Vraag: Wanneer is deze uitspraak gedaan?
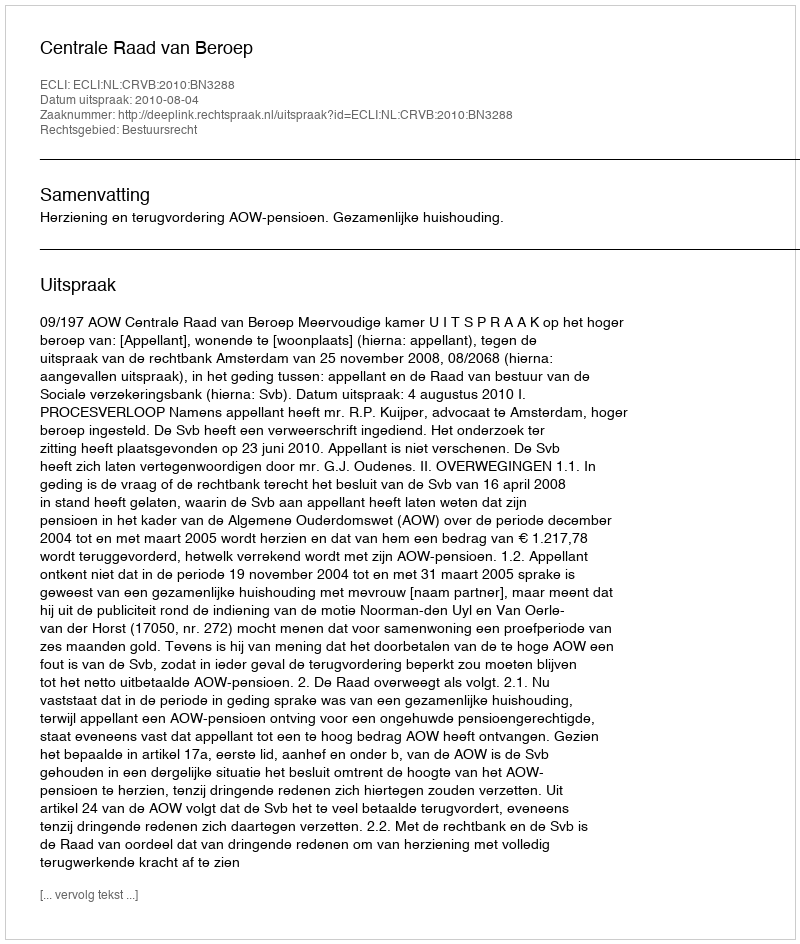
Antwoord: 2010-08-04